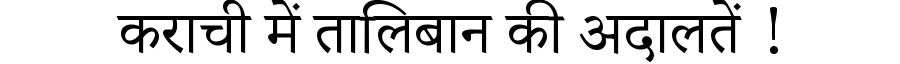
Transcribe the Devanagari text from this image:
कराची में तालिबान की अदालतें !